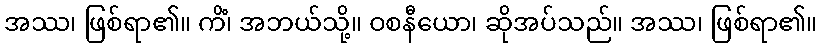
အဿ၊ ဖြစ်ရာ၏။ ကိံ၊ အဘယ်သို့။ ဝစနီယော၊ ဆိုအပ်သည်။ အဿ၊ ဖြစ်ရာ၏။